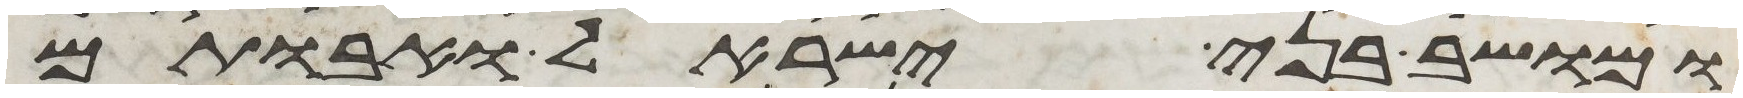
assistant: ומושב בני ישראל ואבותם